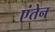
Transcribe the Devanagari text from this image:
एंतेन